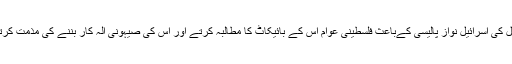
اس چینل کی اسرائیل نواز پالیسی کےباعث فلسطینی عوام اس کے بائیکاٹ کا مطالبہ کرتے اور اس کی صیہونی آلہ کار بننے کی مذمت کرتے ہیں۔